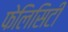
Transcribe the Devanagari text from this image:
फेलिसिटी